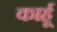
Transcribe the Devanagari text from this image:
कार्हू